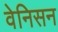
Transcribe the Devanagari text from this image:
वेनिसन